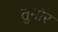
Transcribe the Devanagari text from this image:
तुमोर